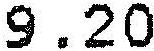
9.20